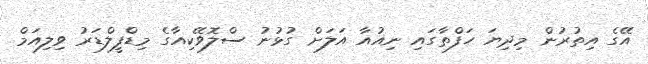
އޭގެ އިތުރުން މިދިޔަ ހަފްތާގައި ނިއުއާ އަލަށް ގުޅުނު ސްލޮވޭކިއާގެ މިޑްފީލްޑަރު ވިލިއަމް